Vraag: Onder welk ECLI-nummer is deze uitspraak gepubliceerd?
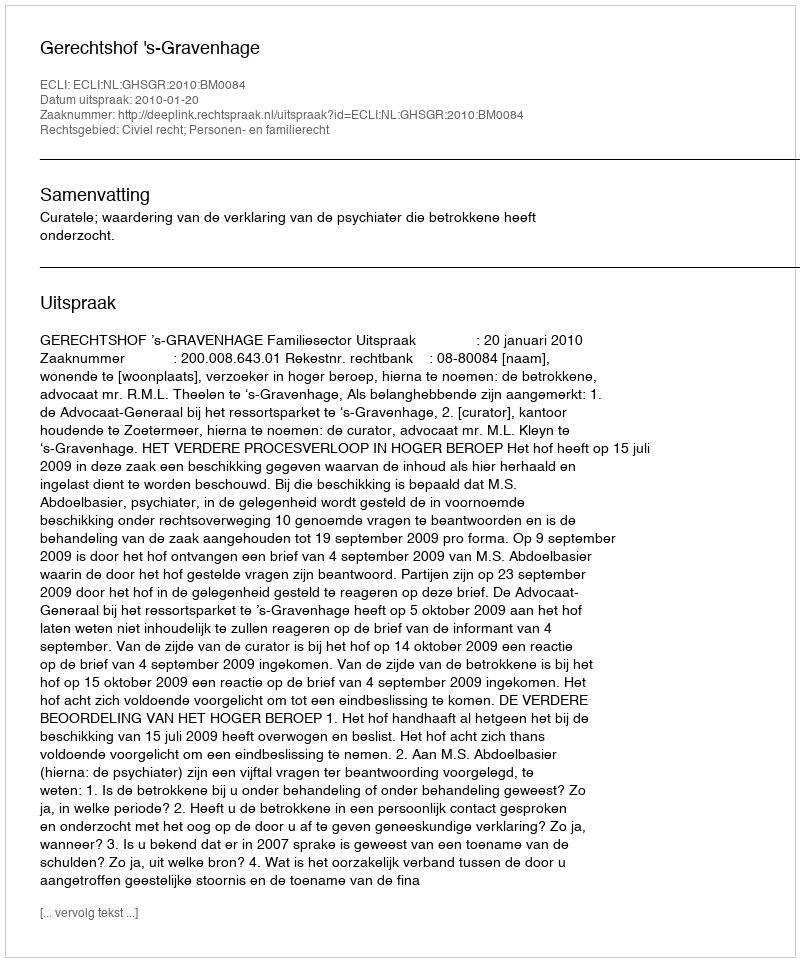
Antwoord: ECLI:NL:GHSGR:2010:BM0084